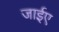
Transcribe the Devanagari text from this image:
जाईए